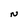
Character: N